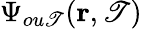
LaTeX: {\Psi}_{ou\mathscr{T}}(\textbf{{r}},\mathscr{T})